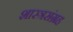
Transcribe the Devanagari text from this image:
शास्त्रसंग्रह